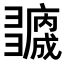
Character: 𢑻